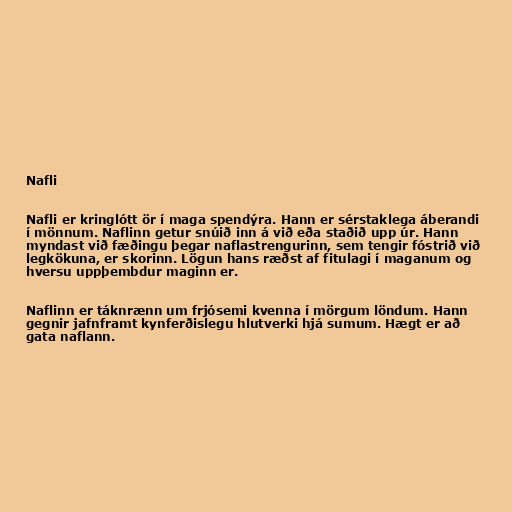
Nafli

Nafli er kringlótt ör í maga spendýra. Hann er sérstaklega áberandi
í mönnum. Naflinn getur snúið inn á við eða staðið upp úr. Hann
myndast við fæðingu þegar naflastrengurinn, sem tengir fóstrið við
legkökuna, er skorinn. Lögun hans ræðst af fitulagi í maganum og
hversu uppþembdur maginn er.

Naflinn er táknrænn um frjósemi kvenna í mörgum löndum. Hann
gegnir jafnframt kynferðislegu hlutverki hjá sumum. Hægt er að
gata naflann.